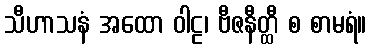
သီဟာသနံ အထော ဝါဠ၊ ဗီဇနီတ္ထီ စ စာမရံ။